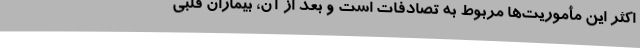
اکثر این مأموریت‌ها مربوط به تصادفات است و بعد از آن، بیماران قلبی